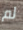
لم